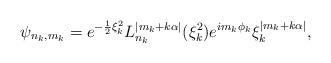
LaTeX: \begin{align*}\psi_{n_{k} , m_{k}} = e^{ -\frac{1}{2}\xi_{k}^{2}}L_{n_{k}}^{|m_{k} + k\alpha|}(\xi_{k}^{2})e^{im_{k}\phi_{k}}\xi_{k}^{|m_{k} + k\alpha|} ,\end{align*}